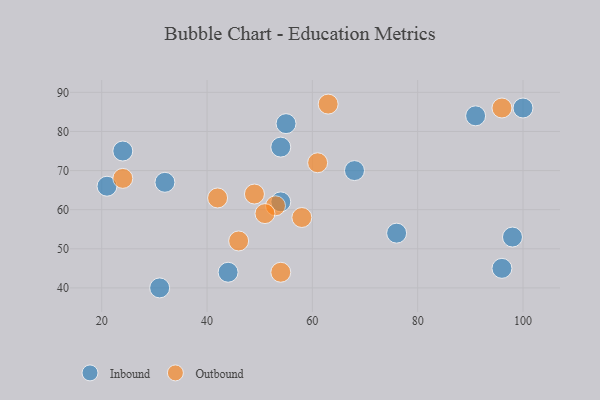
{"axis": {"x": "GDP", "y": "Life Expectancy"}, "legend": ["Inbound", "Outbound"], "data": [{"x": "31", "y": 40, "type": "Inbound"}, {"x": "54", "y": 76, "type": "Inbound"}, {"x": "91", "y": 84, "type": "Inbound"}, {"x": "96", "y": 45, "type": "Inbound"}, {"x": "100", "y": 86, "type": "Inbound"}, {"x": "32", "y": 67, "type": "Inbound"}, {"x": "55", "y": 82, "type": "Inbound"}, {"x": "54", "y": 62, "type": "Inbound"}, {"x": "21", "y": 66, "type": "Inbound"}, {"x": "44", "y": 44, "type": "Inbound"}, {"x": "68", "y": 70, "type": "Inbound"}, {"x": "76", "y": 54, "type": "Inbound"}, {"x": "98", "y": 53, "type": "Inbound"}, {"x": "24", "y": 75, "type": "Inbound"}, {"x": "53", "y": 61, "type": "Outbound"}, {"x": "42", "y": 63, "type": "Outbound"}, {"x": "58", "y": 58, "type": "Outbound"}, {"x": "51", "y": 59, "type": "Outbound"}, {"x": "54", "y": 44, "type": "Outbound"}, {"x": "46", "y": 52, "type": "Outbound"}, {"x": "63", "y": 87, "type": "Outbound"}, {"x": "24", "y": 68, "type": "Outbound"}, {"x": "96", "y": 86, "type": "Outbound"}, {"x": "49", "y": 64, "type": "Outbound"}, {"x": "61", "y": 72, "type": "Outbound"}]}